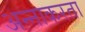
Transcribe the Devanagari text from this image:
अन्नाकरता